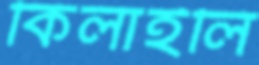
কিলাইলি